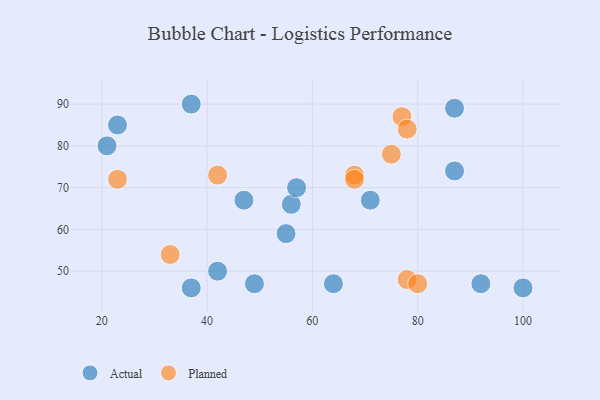
{"axis": {"x": "GDP", "y": "Life Expectancy"}, "legend": ["Actual", "Planned"], "data": [{"x": "71", "y": 67, "type": "Actual"}, {"x": "56", "y": 66, "type": "Actual"}, {"x": "37", "y": 46, "type": "Actual"}, {"x": "57", "y": 70, "type": "Actual"}, {"x": "55", "y": 59, "type": "Actual"}, {"x": "42", "y": 50, "type": "Actual"}, {"x": "92", "y": 47, "type": "Actual"}, {"x": "47", "y": 67, "type": "Actual"}, {"x": "23", "y": 85, "type": "Actual"}, {"x": "87", "y": 89, "type": "Actual"}, {"x": "21", "y": 80, "type": "Actual"}, {"x": "64", "y": 47, "type": "Actual"}, {"x": "49", "y": 47, "type": "Actual"}, {"x": "100", "y": 46, "type": "Actual"}, {"x": "37", "y": 90, "type": "Actual"}, {"x": "87", "y": 74, "type": "Actual"}, {"x": "77", "y": 87, "type": "Planned"}, {"x": "23", "y": 72, "type": "Planned"}, {"x": "33", "y": 54, "type": "Planned"}, {"x": "68", "y": 73, "type": "Planned"}, {"x": "78", "y": 48, "type": "Planned"}, {"x": "80", "y": 47, "type": "Planned"}, {"x": "75", "y": 78, "type": "Planned"}, {"x": "68", "y": 72, "type": "Planned"}, {"x": "42", "y": 73, "type": "Planned"}, {"x": "78", "y": 84, "type": "Planned"}]}